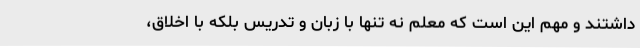
داشتند و مهم این است که معلم نه تنها با زبان و تدریس بلکه با اخلاق،